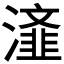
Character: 𭲴